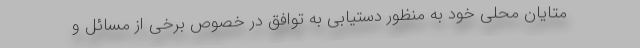
متایان محلی خود به منظور دستیابی به توافق در خصوص برخی از مسائل و